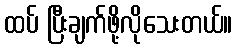
ထပ် ပြီးချက်ဖို့လိုသေးတယ်။